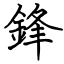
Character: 鋒